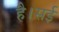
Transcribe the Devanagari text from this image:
है।सई